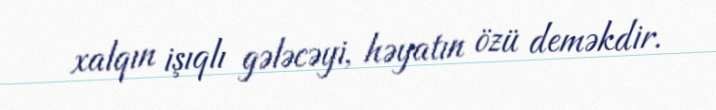
xalqın işıqlı gələcəyi, həyatın özü deməkdir.